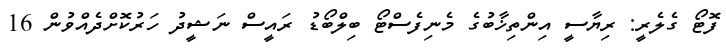
ފޮޓޯ ގެލެރީ: ރިޔާސީ އިންތިޚާބުގެ މެނިފެސްޓޯ ބިލްބޯޑު ރައީސް ނަޝީދު ހަރުކޮށްދެއްވުން 16